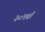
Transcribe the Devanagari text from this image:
३०९वॉ